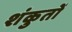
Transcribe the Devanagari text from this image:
शंकुतों